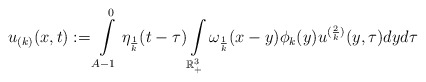
\begin{align*}u_{(k)}(x,t):= \int\limits_{A-1}^{0}\eta_{\frac{1}{k}}(t-\tau)\int\limits_{\mathbb{R}^{3}_{+}}\omega_ {\frac{1}{k}}(x-y)\phi_{k}(y)u^{(\frac{2}{k})}_{}(y,\tau)dyd\tau\end{align*}